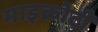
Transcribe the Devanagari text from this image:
माइक्रोटी